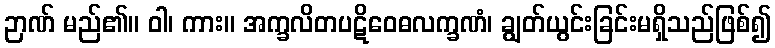
ဉာဏ် မည်၏။ ဝါ၊ ကား။ အက္ခလိတပဋိဝေဓလက္ခဏံ၊ ချွတ်ယွင်းခြင်းမရှိသည်ဖြစ်၍